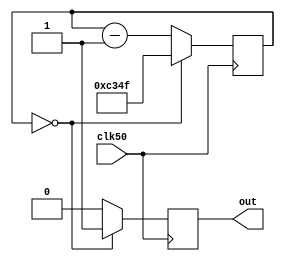
module tick(clk50, out);

input clk50;
output reg out;


reg[15:0] count;

initial count = 16'b1100001101001111;

always @ (posedge clk50)
	begin 
	if(count == 0)
		begin
			count <= 16'b1100001101001111;
			out <= 1'b1;
		end
		else 
			begin
			count <= count - 1'b1;
			out <= 1'b0;
		end
	end
endmodule